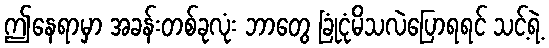
ဤနေရာမှာ အခန်းတစ်ခုလုံး ဘာတွေ ခြုံငုံမိသလဲပြောရရင် သင့်ရဲ့